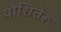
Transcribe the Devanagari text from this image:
योशितेरू